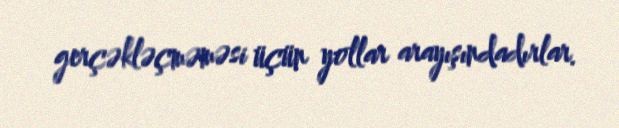
gerçəkləçməməsi üçün yollar arayışındadırlar.